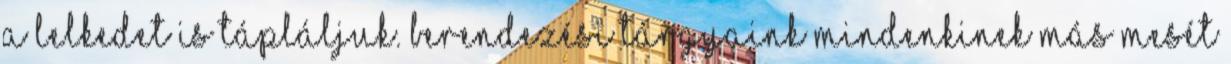
A lelkedet is tápláljuk. Berendezési tárgyaink mindenkinek más mesét